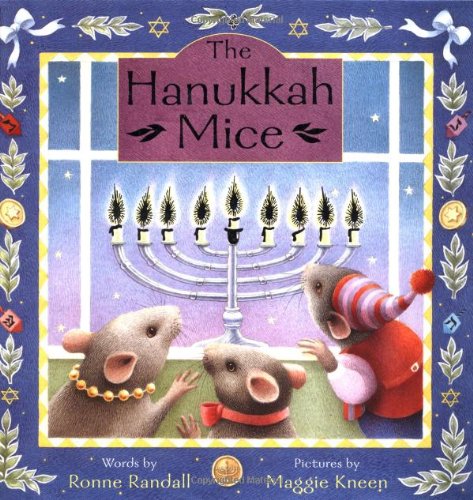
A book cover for The Hanukkah Mice; Ronne Randall; Children's Books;